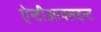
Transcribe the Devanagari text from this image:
ऐन्टीआक्सडन्ट